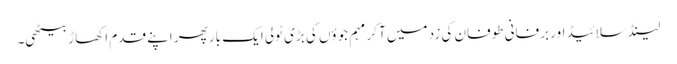
لینڈ سلائیڈ اور برفانی طوفان کی زد میں آ کر مہم جوؤں کی بڑی ٹولی ایک بار پھر اپنے قدم اکھاڑ بیٹھی۔